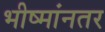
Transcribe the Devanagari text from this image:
भीष्मांनतर